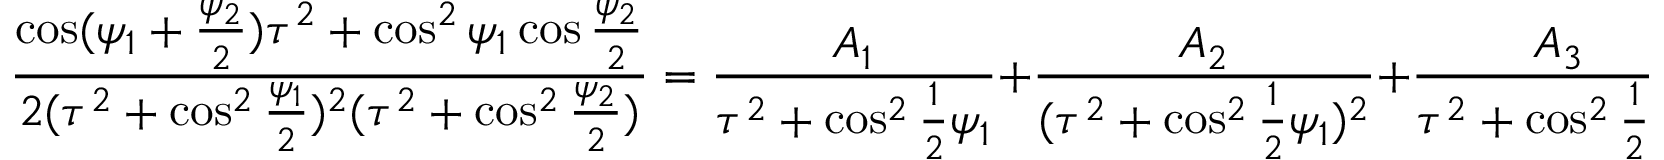
\frac { \cos ( \psi _ { 1 } + \frac { \psi _ { 2 } } { 2 } ) \tau ^ { 2 } + \cos ^ { 2 } \psi _ { 1 } \cos \frac { \psi _ { 2 } } { 2 } } { 2 ( \tau ^ { 2 } + \cos ^ { 2 } \frac { \psi _ { 1 } } { 2 } ) ^ { 2 } ( \tau ^ { 2 } + \cos ^ { 2 } \frac { \psi _ { 2 } } { 2 } ) } = \frac { A _ { 1 } } { \tau ^ { 2 } + \cos ^ { 2 } \frac { 1 } { 2 } \psi _ { 1 } } + \frac { A _ { 2 } } { ( \tau ^ { 2 } + \cos ^ { 2 } \frac { 1 } { 2 } \psi _ { 1 } ) ^ { 2 } } + \frac { A _ { 3 } } { \tau ^ { 2 } + \cos ^ { 2 } \frac { 1 } { 2 } \psi _ { 2 } } ,